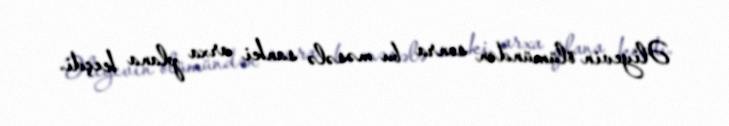
Əliyevin ölümündən sonra bu məsələ sanki arxa plana keçdi.